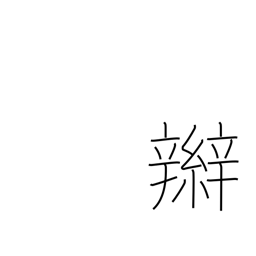
Meaning: braid